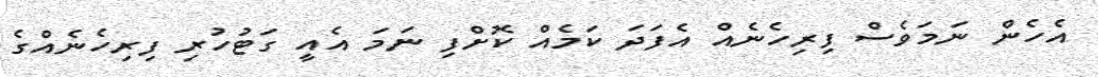
އެހެން ނަމަވެސް ފިރިހެނެއް އެފަދަ ކަމެއް ކޮށްފި ނަމަ އެއީ ގަޓުހުރި ފިރިހެނެއްގެ